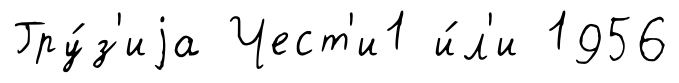
Гру́з'иjа Чест'и1 и́л'и 1956